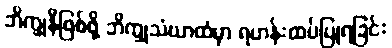
ဘိက္ခုနီဖြစ်ဖို့ ဘိက္ခုသံဃာထံမှာ ရဟန်းထပ်ပြုရခြင်း